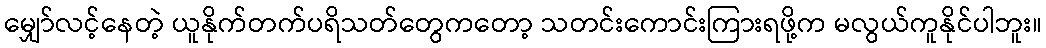
မျှော်လင့်နေတဲ့ ယူနိုက်တက်ပရိသတ်တွေကတော့ သတင်းကောင်းကြားရဖို့က မလွယ်ကူနိုင်ပါဘူး။